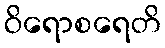
ဝိရောစရေတိ